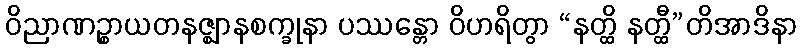
ဝိညာဏဉ္စာယတနဇ္ဈာနစက္ခုနာ ပဿန္တော ဝိဟရိတွာ “နတ္ထိ နတ္ထီ”တိအာဒိနာ